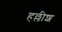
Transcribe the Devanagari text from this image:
हल्लीश